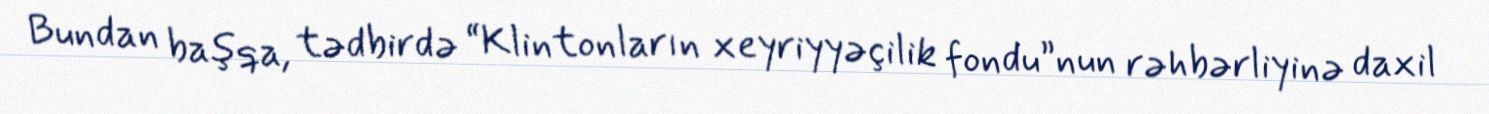
Bundan başqa, tədbirdə “Klintonların xeyriyyəçilik fondu”nun rəhbərliyinə daxil